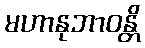
မဟာနုဘာဝန္တိ